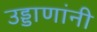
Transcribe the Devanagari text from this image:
उड्डाणांनी